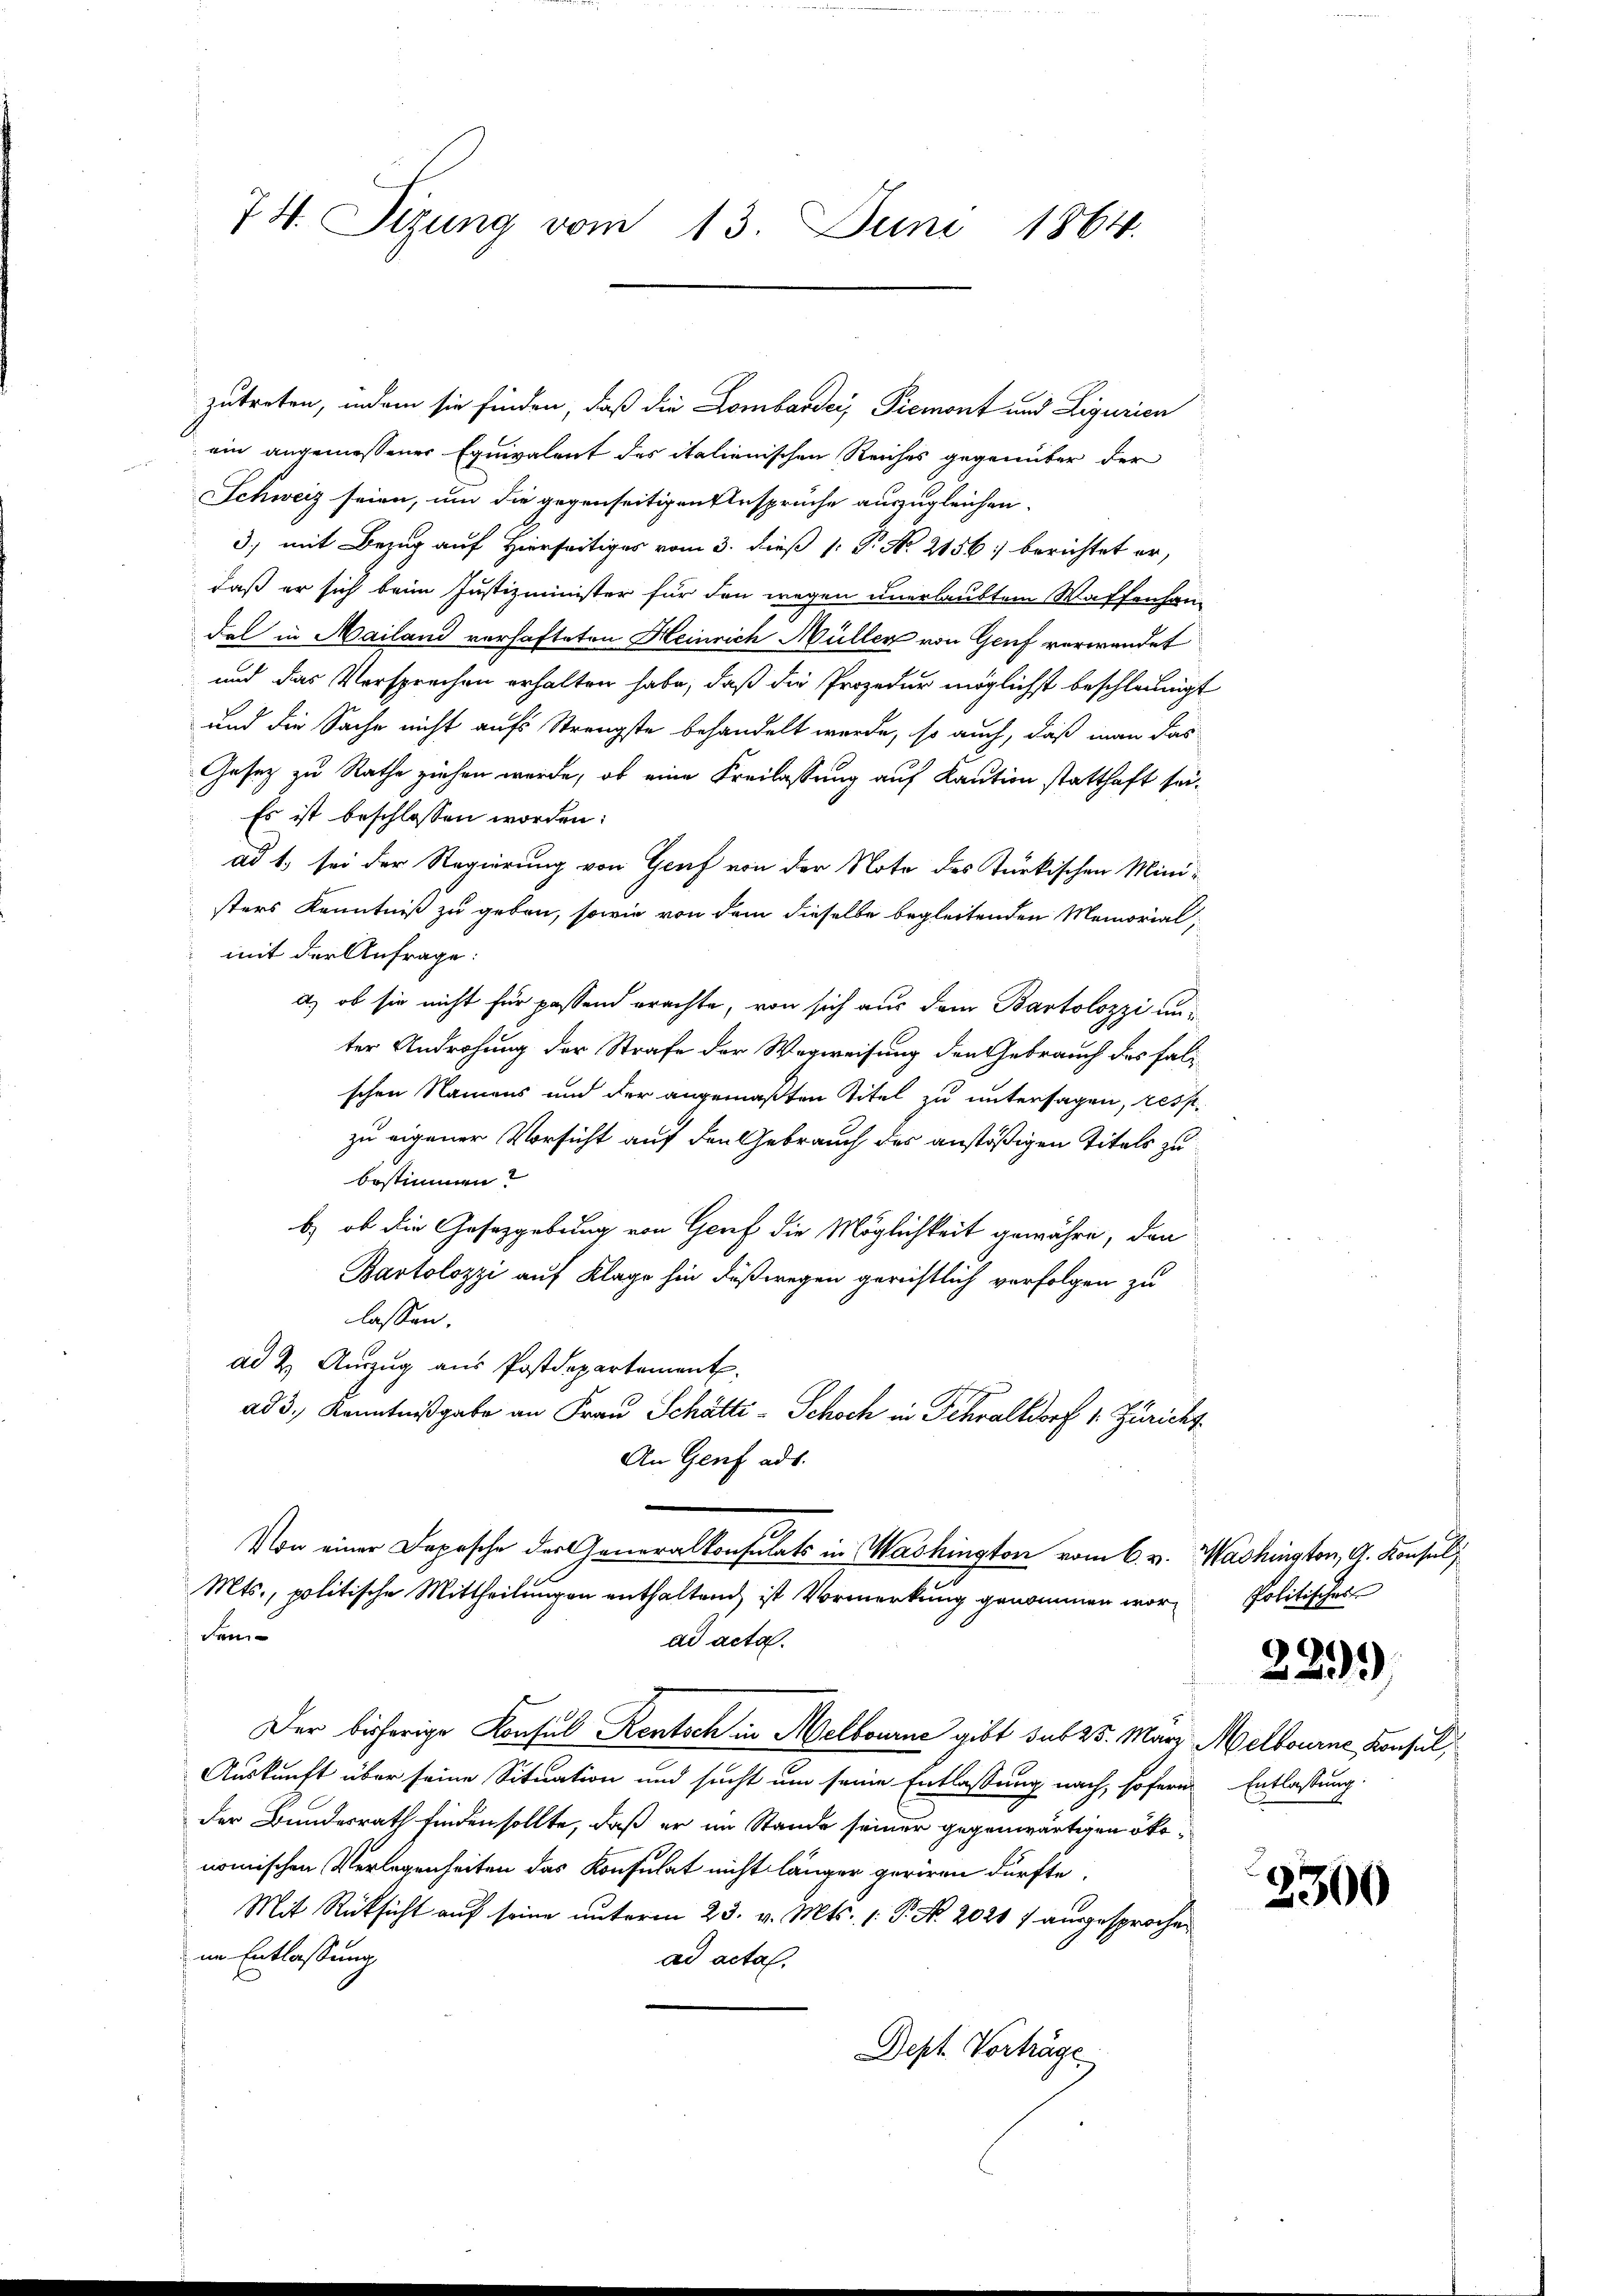
74. Sizung vom 13. Juni 1864.

zutreten, indem sie finden, daß die Lombarder, Piemont und Ligurien
ein angemessener Equivalent des italienischen Reiches gegenüber der
Schweiz seien, um die gegenseitigen Ansprüche auszugleichen.
3., mit Bezug auf Hierseitiges vom 3. dieß 1: P. No 2156: berichtet er,
daß er sich beim Justizminister für den wegen unerlaubtem Waffenhan-
dal in Mailand verhafteten Heinrich Müller von Genf verwendet
und das Versprechen erhalten habe, daß die Prozedur möglichst beschleunigt
und die Sache nicht auf Strengste behandelt werde, so auch, daß man das
Gesetz zu Rathe ziehen werde, ob eine Freilassung auf Kaution statthaft sei¬
Es ist beschlossen worden:
ad 1, sei der Regierung von Graf von der Note des Türkischen Ministers Kenntniß zu geben, sowie von dem dieselbe begleitenden Memorial,
mit der Anfrage:
a) ob sie nicht für passend erachte, von sich aus dem Bartolozzi unter Androhung der Strafe der Wegweisung den Gebrauch des Falschen Namens und der angemaßten Titel zu untersagen, ressezu eigener Vorsicht auf den Gebrauch des anstößigen Titels zubestimmen?
b) ob die Gesetzgebung von Genf die Möglichkeit gewähre, den
Bartolozzi auf Klage hin Fußwegen gerichtlich verfolgen zu
lassen.
ad 2. Auszug aus Postdepartement.
ad 3., Kenntnißgabe an Frau Schätte - Schoch in Fehraltdorf 1. Züricht¬
An Genf ad 1.
Von einer Depesche der Generalkonsulats in Washington vom 6. v. Washington, A. Konsul,
Mts., politische Mittheilungen enthaltend ist Vormerkung genommen wor¬
Fan
ad acta.
Der bisherige Konsul Rentsch in Melbourne gibt sub 25. März Melbourne Konsul,
Auskunft über seine Situation und sucht um seine Entlassung nach, sofern
der Bundesrath finden sollte, daß er im Stande seiner gegenwärtigen ökonomischen Verlegenheiten das Konsulat nicht länger geriren dürfte.
Mit Rücksicht auf seine unterm 23. v. Mts. (: P. No. 2021 f ausgesprochen
im Entlassung
ad acta.
Dept. Vorträge

Politisches

2299)

Entlassung

2300